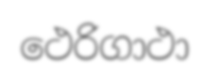
ථෙරිගාථා